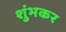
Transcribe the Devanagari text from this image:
शुंभकर